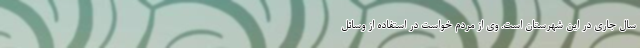
سال جاری در این شهرستان است. وی از مردم خواست در استفاده از وسائل